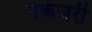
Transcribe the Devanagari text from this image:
नर्केजरी